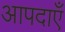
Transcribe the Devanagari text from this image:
आपदाएँ